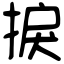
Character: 捩